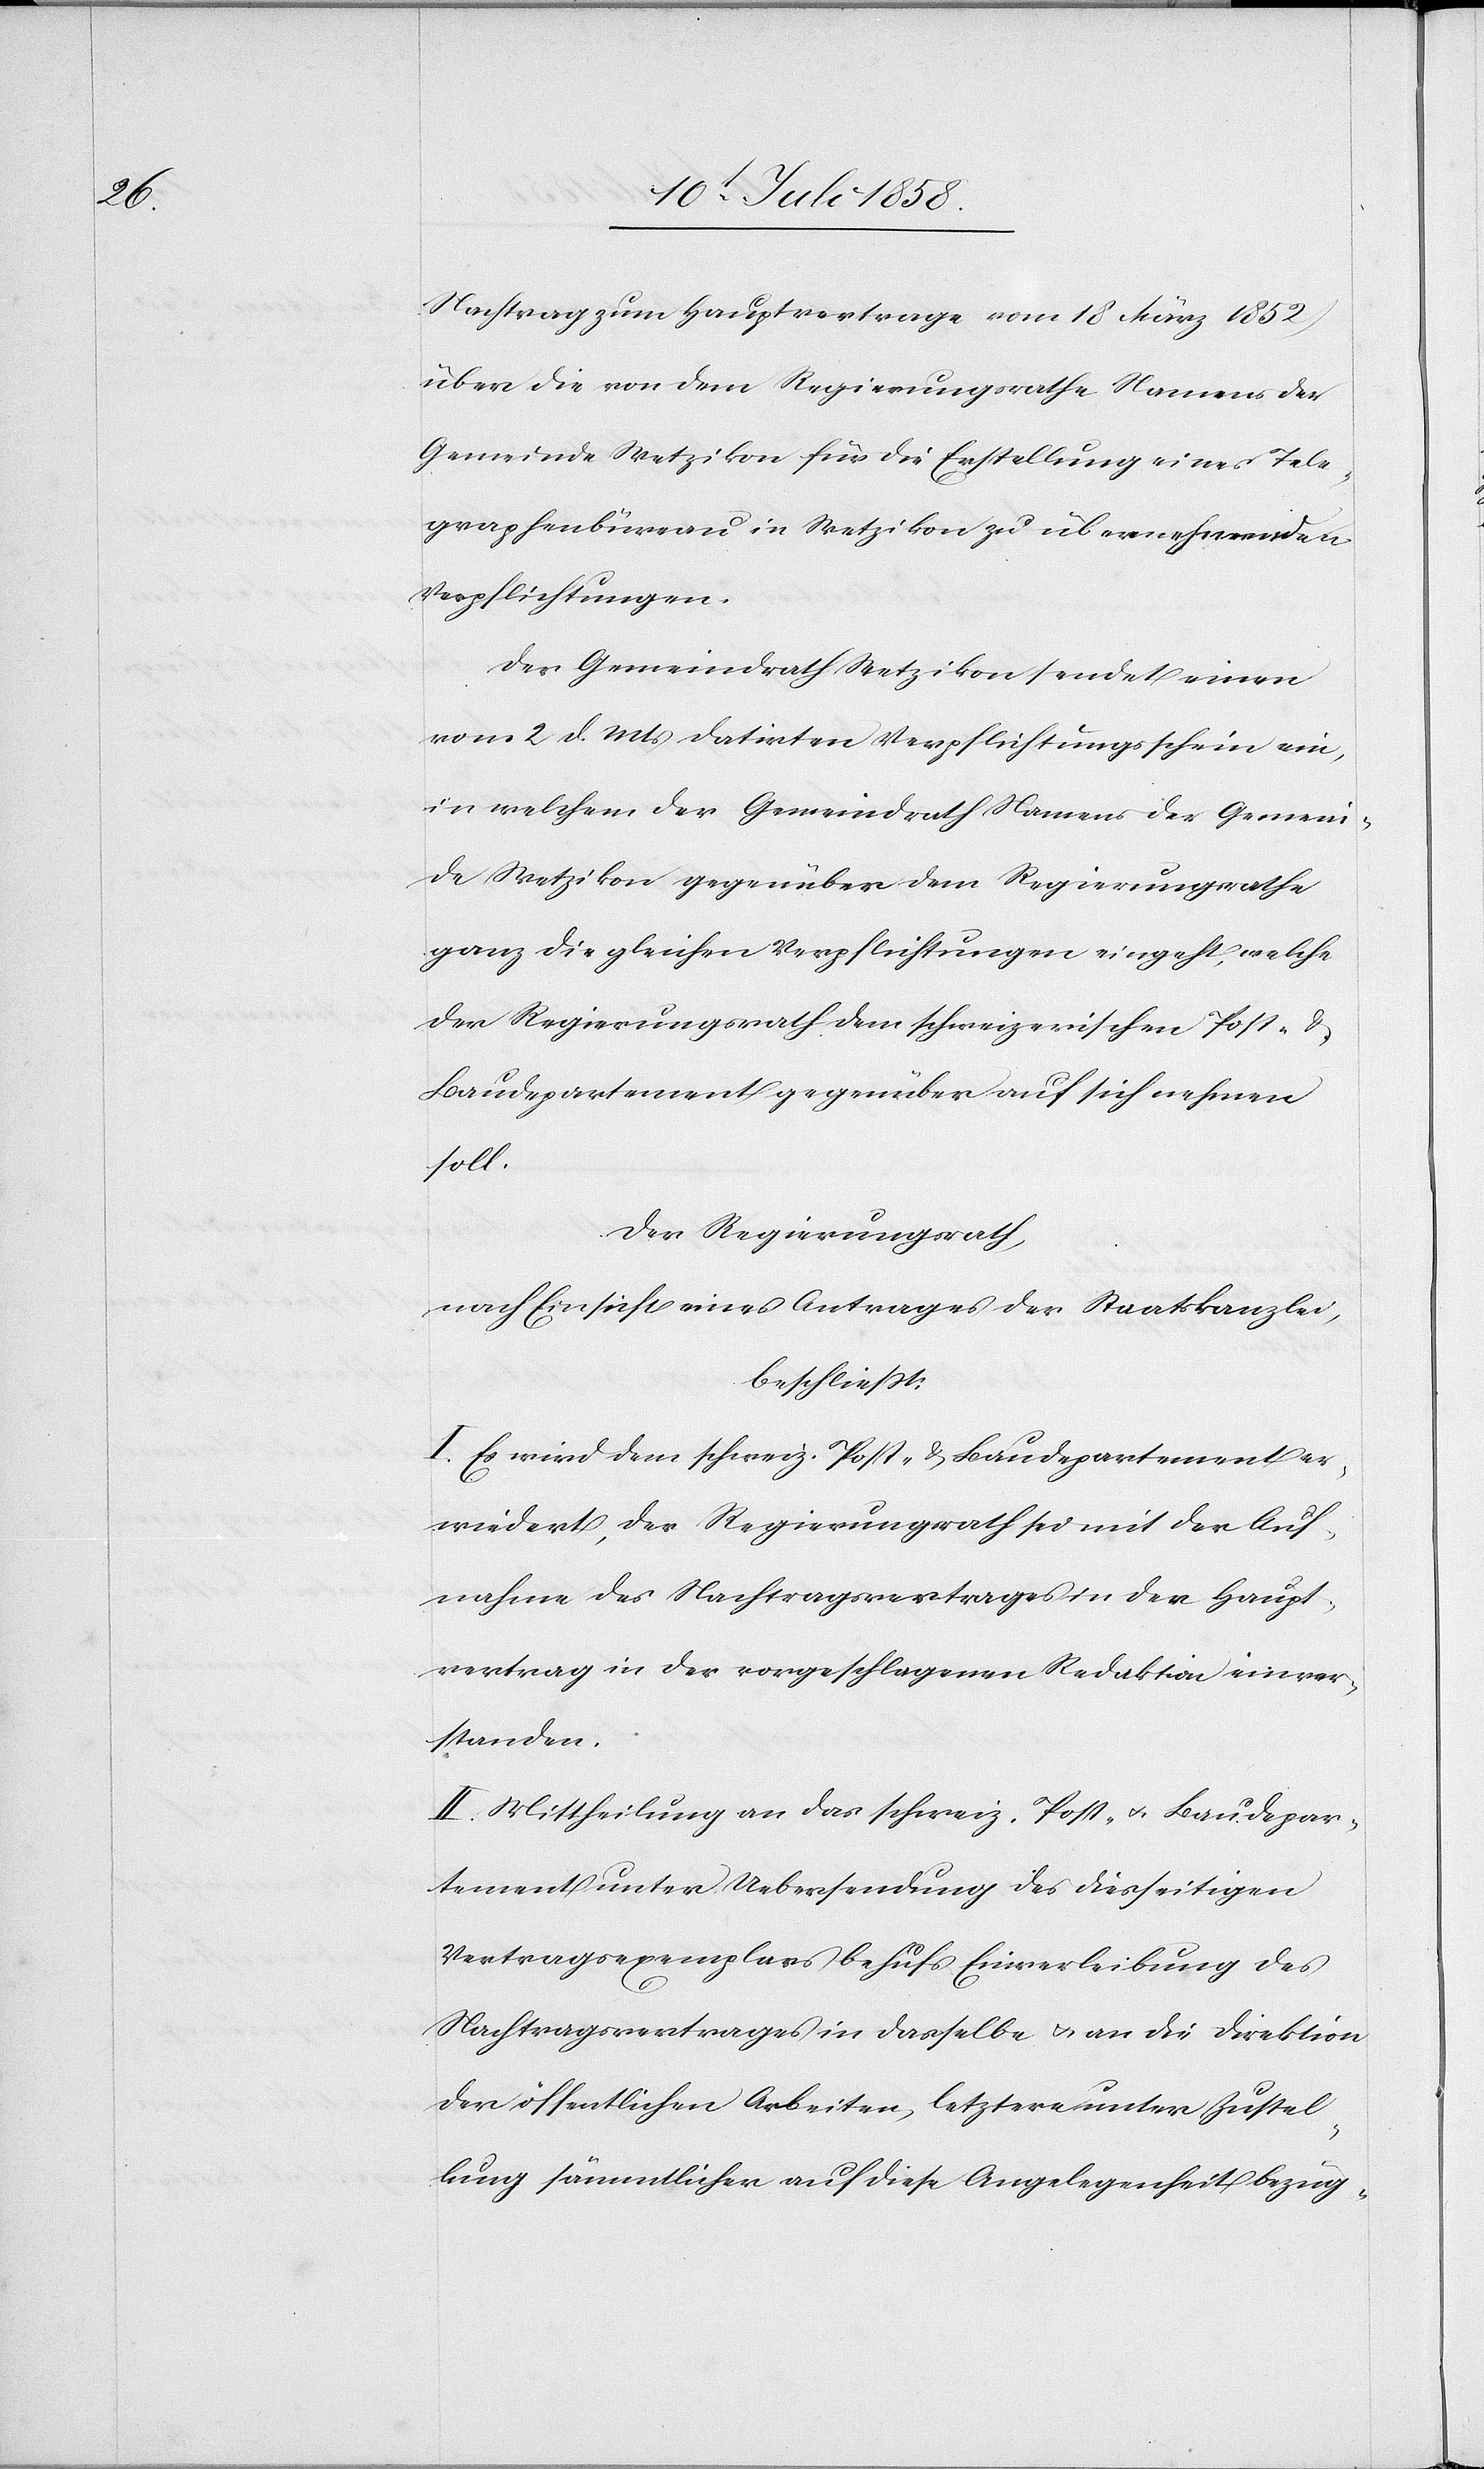
Haupt¬

Nachtrag zum Hauptvertrage vom 18 März 1852)
über die von dem Regierungsrathe Namens der
Gemeinde Wetzikon für die Erstellung eines Tele¬
graphenbüreau in Wetzikon zu übernehmenden
Verpflichtungen.
Der Gemeindrath Wetzikon sendet einen
vom 2 d. Mts datirten Verpflichtungsschein ein,
in welchem der Gemeindrath Namens der Gemein¬
de Wetzikon gegenüber dem Regierungsrathe
ganz die gleichen Verpflichtungen eingeht, welche
der Regierungsrath dem schweizerischen Post- &
Baudepartement gegenüber auf sich nehmen
soll.
Der Regierungsrath,
nach Einsicht eines Antrages der Staatskanzlei,
beschließt:
I. Es wird dem schweiz. Post- & Baudepartement er¬
wiedert, der Regierungsrath sei mit der Auf¬
nahme des Nachtragsvertrages in der [recte:
vertrag in der vorgeschlagenen Redaktion einver¬
standen.
II. Mittheilung an das schweiz. Post- & Baudepar¬
tement unter Uebersendung des diesseitigen
Vertragsexemplars behufs Einverleibung des
Nachtragsvertrages in dasselbe & an die Direktion
der öffentlichen Arbeiten, letztere unter Zustel¬
lung sämmtlicher auf diese Angelegenheit bezüg-